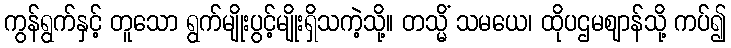
ကွန်ရွက်နှင့် တူသော ရွက်မျိုးပွင့်မျိုးရှိသကဲ့သို့။ တသ္မိံ သမယေ၊ ထိုပဌမဈာန်သို့ ကပ်၍